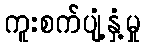
ကူးစက်ပျံ့နှံ့မှု